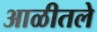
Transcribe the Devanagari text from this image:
आळीतले